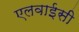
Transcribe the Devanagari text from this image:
एलवाईसी